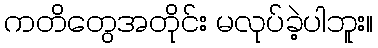
ကတိတွေအတိုင်း မလုပ်ခဲ့ပါဘူး။